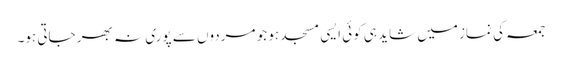
جمعہ کی نماز میں شاید ہی کوئی ایسی مسجد ہو جو مردوں سے پوری نہ بھر جاتی ہو۔